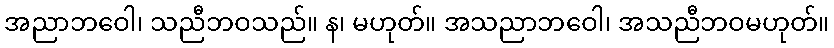
အညာဘဝေါ၊ သညီဘဝသည်။ န၊ မဟုတ်။ အသညာဘဝေါ၊ အသညီဘဝမဟုတ်။